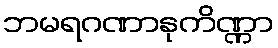
ဘမရဂဏာနုကိဏ္ဏာ